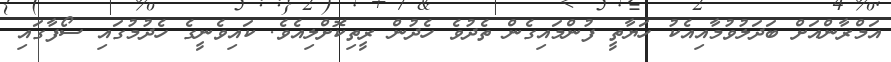
އަމްރާންއަށް ބަދަލުވުމާއިއެކު ހަޔާތީ ފުންމައިގެން ތެދުވެ ހެދުން ރީތިކޮށްލިއެވެ. ކައިވެނީގެ ހެދުމުގައި ސޯފާގައި